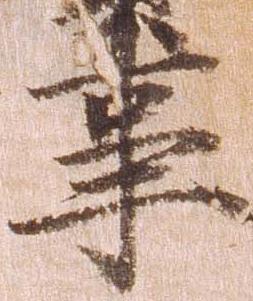
事